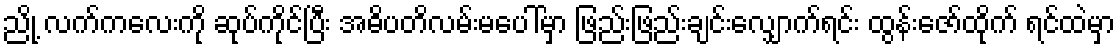
ညို့ လက်ကလေးကို ဆုပ်ကိုင်ပြီး အဓိပတိလမ်းမပေါ်မှာ ဖြည်းဖြည်းချင်းလျှောက်ရင်း ထွန်းဇော်ထိုက် ရင်ထဲမှာ